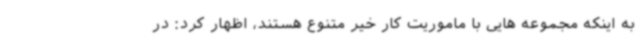
به اینکه مجموعه هایی با ماموریت کار خیر متنوع هستند، اظهار کرد: در